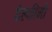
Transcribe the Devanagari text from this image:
देल्फीनो